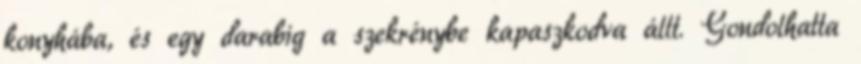
konyhába, és egy darabig a szekrénybe kapaszkodva állt. Gondolhatta